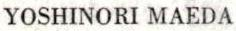
YOSHINORI MAEDA